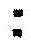
: